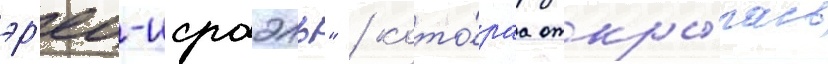
эр'ец-исраэль" / кото́раа откры́лась